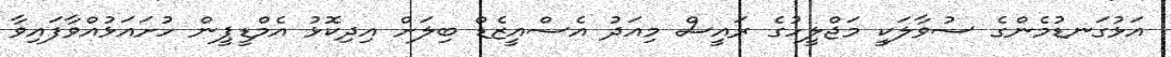
އަޅުގަނޑުމެންގެ ސުވާލަކީ މަޖްލީހުގެ ރައީސް މިއަދު އެސްއީޒެޑް ބިލަށް އިދިކޮޅު އެމްޑީޕީން ހުށައަޅުއްވާފައިވާ